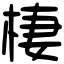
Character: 棲